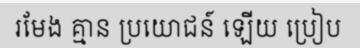
រមែង គ្មាន ប្រយោជន៍ ឡើយ ប្រៀប